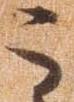
う